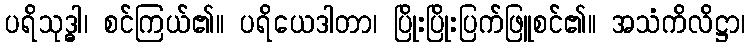
ပရိသုဒ္ဓါ၊ စင်ကြယ်၏။ ပရိယေဒါတာ၊ ပြိုးပြိုးပြက်ဖြူစင်၏။ အသံကိလိဋ္ဌာ၊